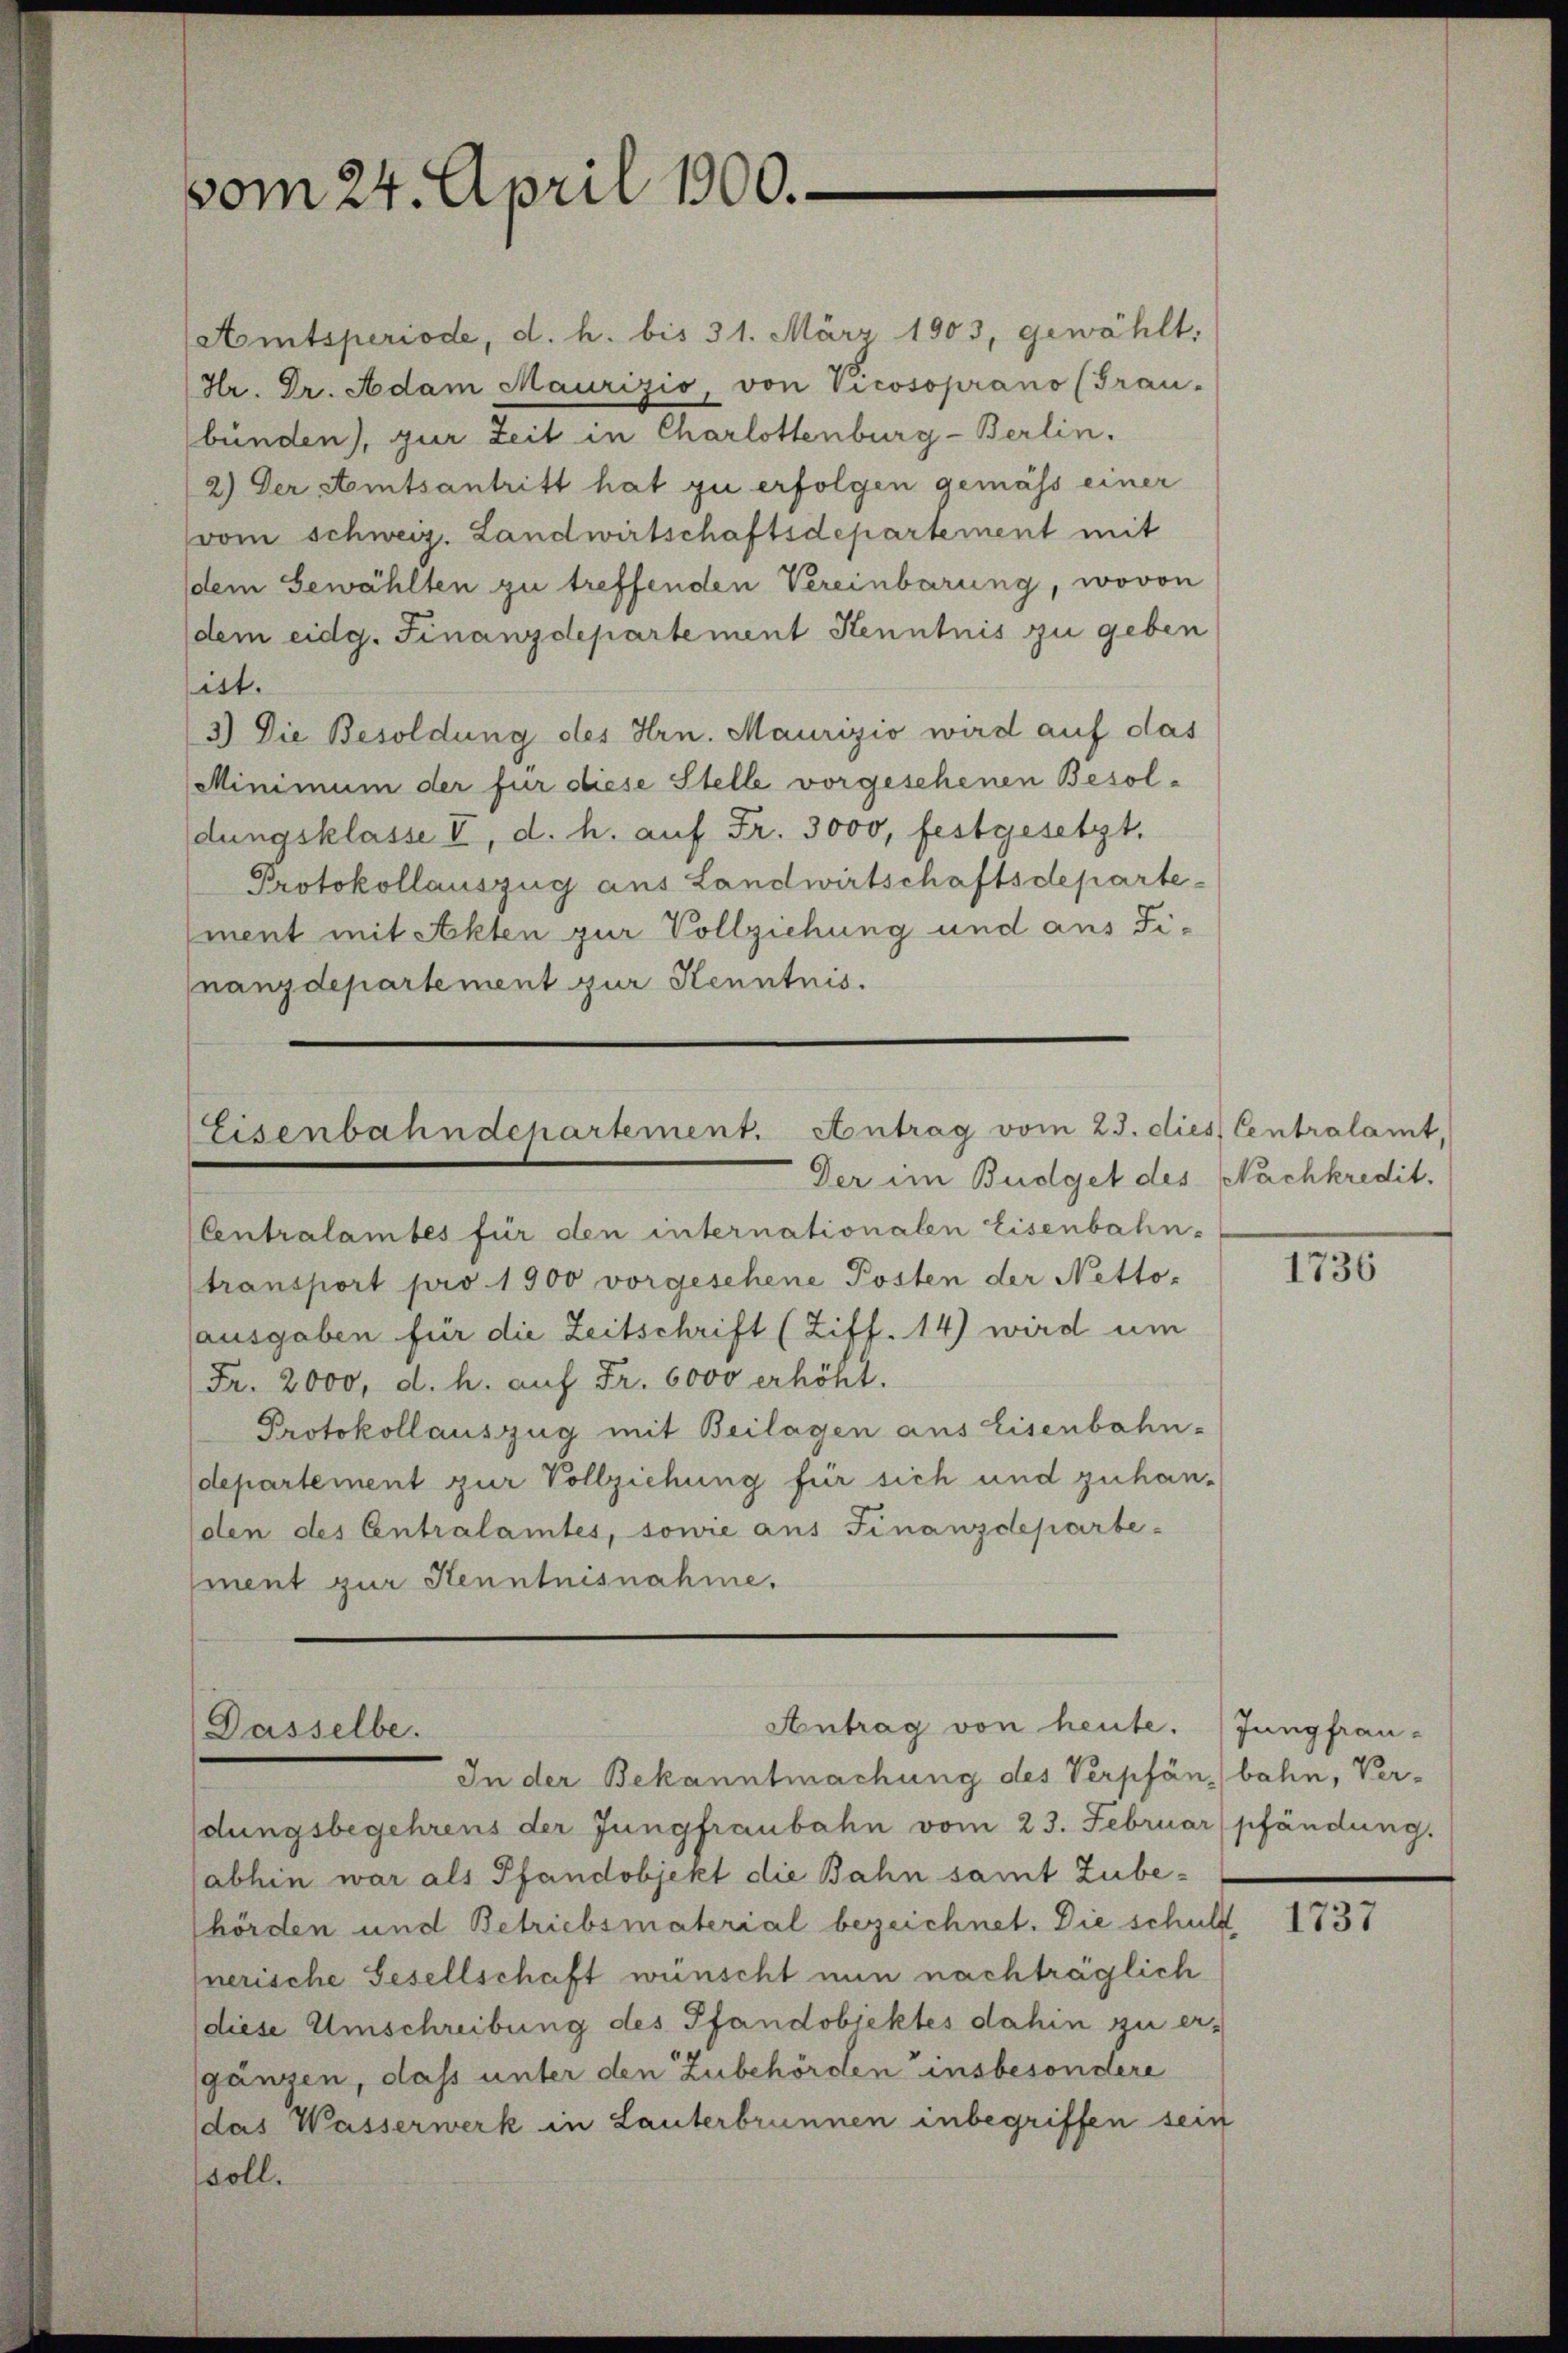
vom 24. April 1900.

(Amtsperiode, d. h. bis 31. März 1903, gewählt,
Hr. Dr. Adam Maurizio, von Vicosoprano (Grau-
bünden), zur Zeit in Charlottenburg-Berlin.
2.) Der Amtsantritt hat zu erfolgen gemäss einer
vom schweiz. Landwirtschaftsdepartement mit
dem Gewählten zu treffenden Vereinbarung, wovon
dem eidg. Finanzdepartement Kenntnis zu geben
ist.
3.) Die Besoldung des Hrn. Maurizio wird auf das
Minimum der für diese Stelle vorgesehenen Besoldungsklasse II, d. h. auf Fr. 3000, festgesetzt.
Protokollauszug aus Landwirtschaftsdeparte-
ment mit Akten zur Vollziehung und aus Finanzdepartement zur Kenntnis.

Eisenbahndepartement. Antrag vom 23. dies Centralamt,

Antrag von heute. (Jungfrau-
Dasselbe.

Der im Budget des Nachkredit.
(Centralamtes für den internationalen Eisenbahn-
transport pro 1900 vorgesehene Posten der Netto-
ausgaben für die Zeitschrift (Ziff. 14) wird um
Fr. 2000, d. h. auf Fr. 6000 erhöht.
Protokollauszug mit Beilagen aus Eisenbahn-
departement zur Vollziehung für sich und zuhan-
dlen des Centralamtes, sowie aus Finanzdeparte-
ment zur Kenntnisnahme.

In der Bekanntmachung des Verpfän,) bahn, Ver-
dungsbegehrens der Jungfraubahn vom 23. Februar (pfändung.
abhin war als Pfandobjekt die Bahn samt Zube-
hörden und Betriebsmaterial bezeichnet. Die schuld
nerische Gesellschaft wünscht nun nachträglich
(diese Umschreibung des Pfandobjektes dahin zu ergänzen, dass unter den Zubehörden insbesondere
das Wasserwerk in Lauterbrunnen inbegriffen sein
soll.

1736

1737